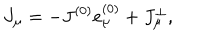
LaTeX: J _ { \mu } = - J ^ { ( 0 ) } e _ { \mu } ^ { ( 0 ) } + J _ { \mu } ^ { \bot } ,